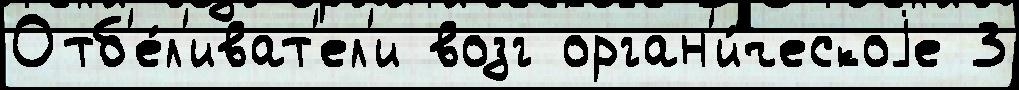
Отб'е́л'иват'ел'и возг орган'и́ческоjе 3